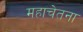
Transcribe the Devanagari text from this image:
महाचेतना